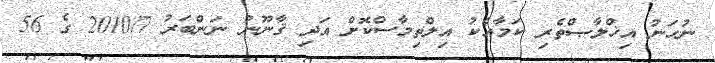
ނުހަނު އިޚްލާޞްތެރި ކަމާއެކު އިލްތިމާސްކޮށް އަދި ޤާނޫނު ނަންބަރު 2010/7 ގެ 56